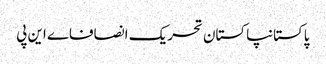
پاکستانپاکستان تحریک انصافاے این پی